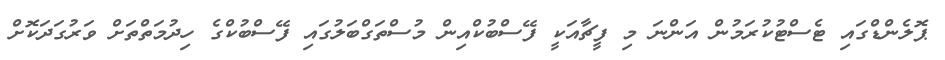
ޕޮލެންޑްގައި ޓެސްޓުކުރަމުން އަންނަ މި ފީޗާއަކީ ފޭސްބުކްއިން މުސްތަގްބަލުގައި ފޭސްބުކްގެ ހިދުމަތްތަށް ވަރުގަދަކޮށް